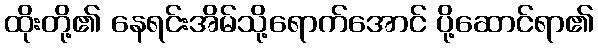
ထိုးတို့၏ နေရင်းအိမ်သို့ရောက်အောင် ပို့ဆောင်ရာ၏